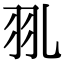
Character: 𦏳